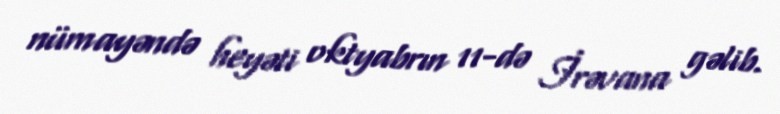
nümayəndə heyəti oktyabrın 11-də İrəvana gəlib.